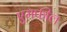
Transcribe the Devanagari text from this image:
एमफील